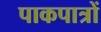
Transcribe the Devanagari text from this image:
पाकपात्रों